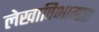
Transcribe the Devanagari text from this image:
लेखाविभागात